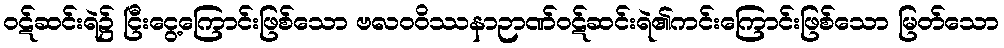
ဝဋ်ဆင်းရဲ၌ ငြီးငွေ့ကြောင်းဖြစ်သော ဗလဝဝိဿနာဉာဏ်ဝဋ်ဆင်းရဲ၏ကင်းကြောင်းဖြစ်သော မြတ်သော